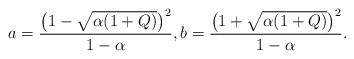
LaTeX: \begin{align*}a=\frac{\big(1-\sqrt{\alpha(1+Q)}\big)^2}{1-\alpha},b=\frac{\big(1+\sqrt{\alpha(1+Q)}\big)^2}{1-\alpha}.\end{align*}